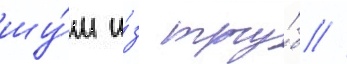
шу́м и́з тру́б //